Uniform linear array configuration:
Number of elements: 12
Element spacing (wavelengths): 0.25
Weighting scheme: hamming
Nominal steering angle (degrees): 60
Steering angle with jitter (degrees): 59.861
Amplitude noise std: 0.05
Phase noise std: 0.05

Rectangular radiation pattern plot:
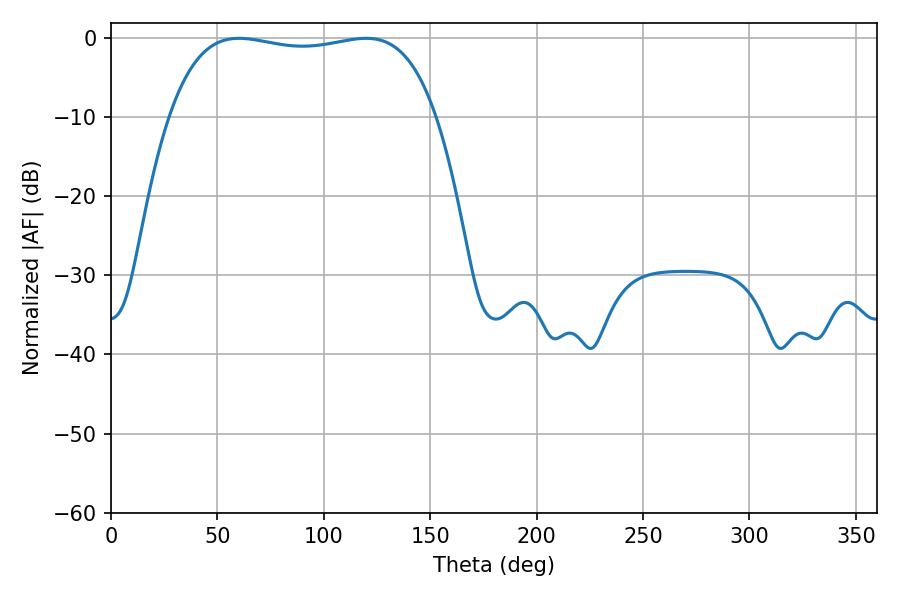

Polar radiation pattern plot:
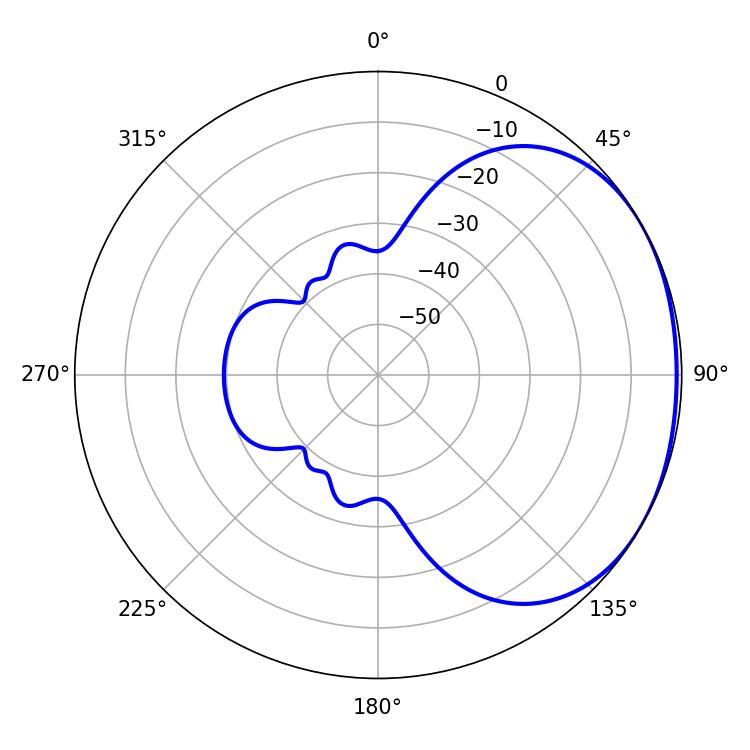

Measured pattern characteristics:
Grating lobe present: FALSE
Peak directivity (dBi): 1.505
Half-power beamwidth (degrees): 100.44
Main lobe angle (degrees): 60.12